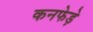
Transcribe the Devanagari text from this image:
कनफेड़े